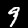
Digit: 9